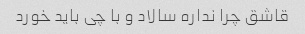
قاشق چرا نداره سالاد و با چی باید خورد